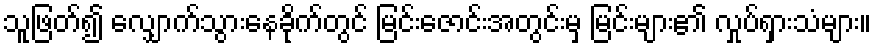
သူဖြတ်၍ လျှောက်သွားနေခိုက်တွင် မြင်းဇောင်းအတွင်းမှ မြင်းများ၏ လှုပ်ရှားသံများ။